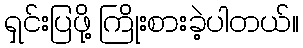
ရှင်းပြဖို့ ကြိုးစားခဲ့ပါတယ်။